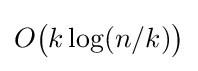
O{\bigl (}k\log(n/k){\bigr )}